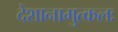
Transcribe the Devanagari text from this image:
देशानामुत्कलः